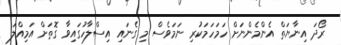
ރޯދަ އިނާޔަތް އެންމެންނަށް ހަމަހަމަކުރި ނަމަވެސް މި ގެނައި އިސްލާހުގައިވާ ގޮތަށް އަމިއްލަ